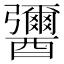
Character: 𨣾